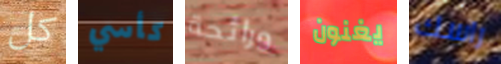
كل كأسي ورائحة يغنون راسك